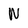
Character: W